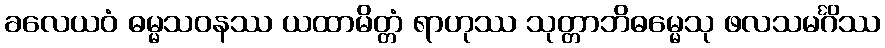
ခလေယဝံ ဓမ္မသဝနဿ ယထာမိတ္တံ ရာဟုဿ သုတ္တာဘိဓမ္မေသု ဖလသမင်္ဂိဿ